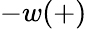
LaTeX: -w(+)